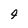
Character: 4